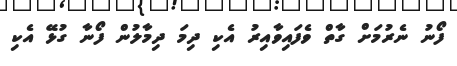
ފޯނު ނެރުމަށް ގާތް ވެފައިވާއިރު އެކި ދިމަ ދިމާލުން ފޯނާ ގުޅޭ އެކި